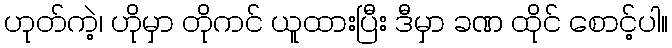
ဟုတ်ကဲ့၊ ဟိုမှာ တိုကင် ယူထားပြီး ဒီမှာ ခဏ ထိုင် စောင့်ပါ။